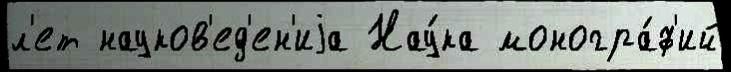
л'ет науков'ед'ен'иjа Нау́ка моногра́ф'ий